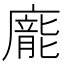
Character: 𭚂